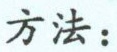
方法：